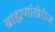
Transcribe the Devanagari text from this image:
ब्राह्मणांखेरीज